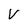
Character: V